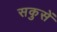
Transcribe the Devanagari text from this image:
सकुसें